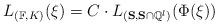
\begin{align*}L_{(\mathbb{F}, K)}(\xi) = C \cdot L_{(\mathbf{S}, \mathbf{S}\cap \mathbb{Q}^l)}(\Phi(\xi))\end{align*}